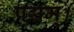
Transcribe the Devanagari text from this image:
पद्मम्।